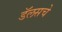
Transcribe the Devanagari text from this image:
डॅलसचे